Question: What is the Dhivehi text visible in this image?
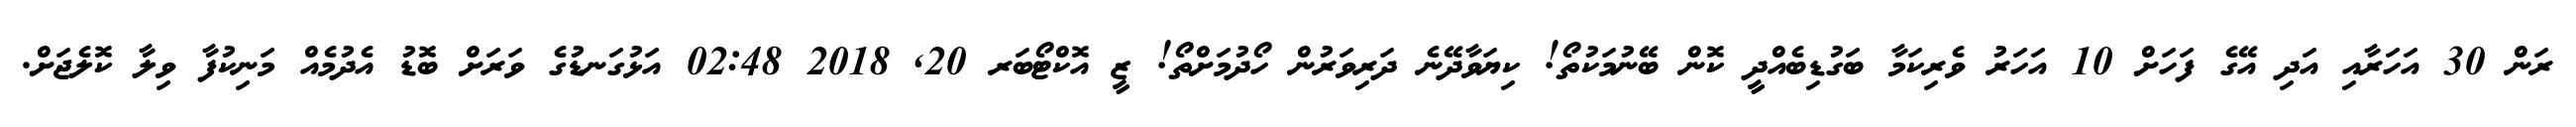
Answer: ރަން 30 އަހަރާއި އަދި އޭގެ ފަހަށް 10 އަހަރު ވެރިކަމާ ބަގުޑިބެއްދީ ކޮން ބޭނުމަކުތޯ! ކިޔަވާދޭނެ ދަރިވަރުން ހޯދުމަށްތޯ! ޒީ އޮކްޓޯބަރ 20, 2018 02:48 އަޅުގަނޑުގެ ވަރަށް ބޮޑު އެދުމެއް މަނިކުފާ ވިލާ ކޮލެޖަށް.